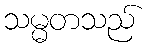
သမ္မတသည်